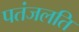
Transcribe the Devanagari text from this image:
पतंजलति